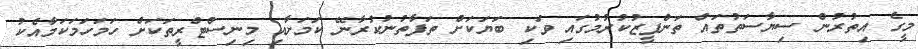
މީގެ އިތުރުން ސިޔާސަތުތައް ތަންފީޒުކުރުމުގައި ވަކި ބަޔަކަށް ތަފާތުނުކުރާނޭ ކަމަށާއި މިނިސްޓްރީތަކަށް ހަމަހަމަކަމާއެކު